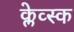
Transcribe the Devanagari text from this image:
क्लेव्स्क